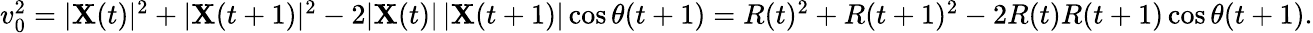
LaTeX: \begin{array}{r}{v_{0}^{2}=|\mathbf{X}(t)|^{2}+|\mathbf{X}(t+1)|^{2}-2|\mathbf{X}(t)|\, |\mathbf{X}(t+1)|\cos\theta(t+1)=R(t)^{2}+R(t+1)^{2}-2R(t)R(t+1)\cos\theta(t+1).}\end{array}